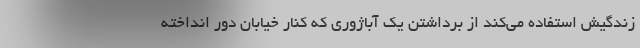
زندگیش استفاده می‌کند از برداشتن یک آباژوری که کنار خیابان دور انداخته